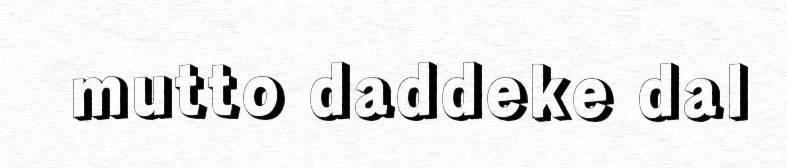
mutto daddeke dal